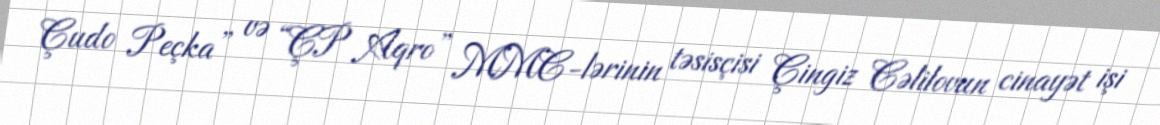
Çudo Peçka” və “ÇP Aqro” MMC-lərinin təsisçisi Çingiz Cəlilovun cinayət işi